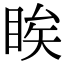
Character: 䀵